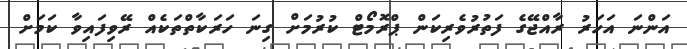
އަންނަ އަހަރު ރާއްޖޭގެ ފަތުރުވެރިކަން ޕްރޮމޯޓް ކުރުމަށް ގިނަ ހަރަކާތްތަކެއް ރޭވިފައިވާ ކަމަށް